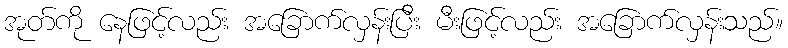
အုတ်ကို နေဖြင့်လည်း အခြောက်လှန်းပြီး မီးဖြင့်လည်း အခြောက်လှန်းသည်။